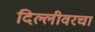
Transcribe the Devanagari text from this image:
दिल्लीवरचा